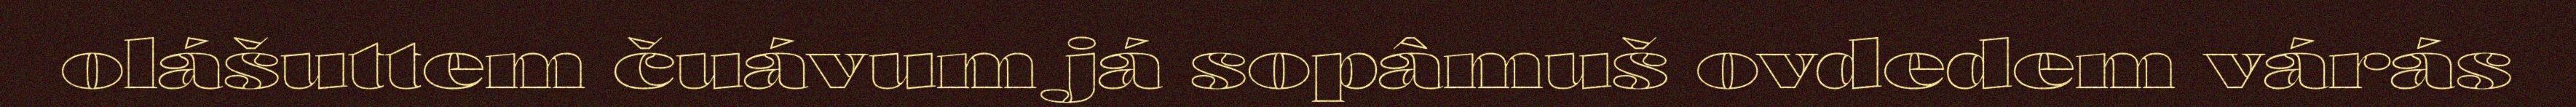
olášuttem čuávum já sopâmuš ovdedem várás